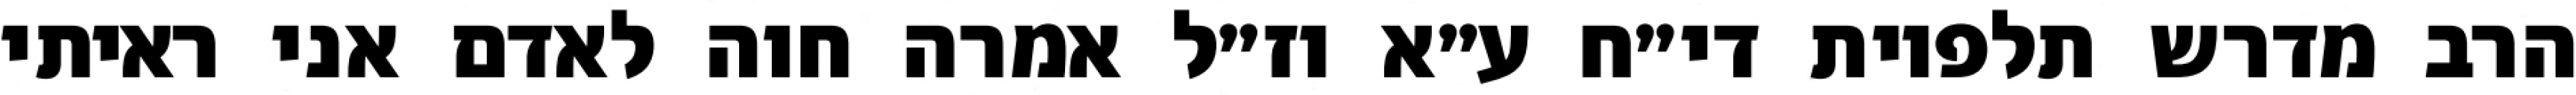
הרב מדרש תלפיות די״ח ע״א וז״ל אמרה חוה לאדם אני ראיתי